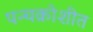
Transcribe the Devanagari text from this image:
पन्चक्रोशीत